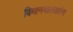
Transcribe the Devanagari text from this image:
विमानचालकांना